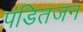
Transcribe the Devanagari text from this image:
पंडितजन